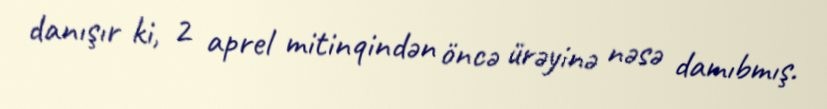
danışır ki, 2 aprel mitinqindən öncə ürəyinə nəsə damıbmış.